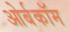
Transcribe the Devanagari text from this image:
ओर्बकॉम